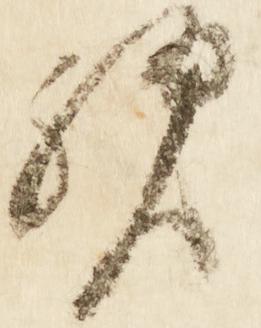
歟